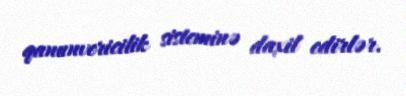
qanunvericilik sisteminə daxil edirlər.